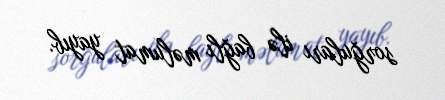
sorğuları ilə bağlı məlumat yayıb.